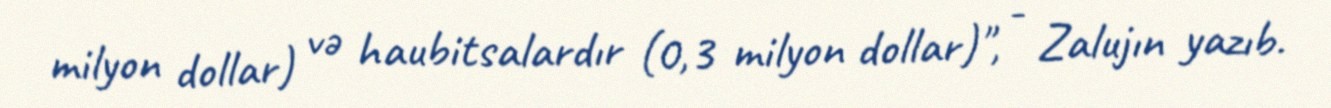
milyon dollar) və haubitsalardır (0,3 milyon dollar)", - Zalujın yazıb.